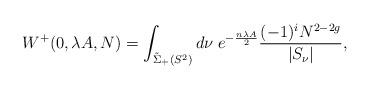
LaTeX: \begin{align*}W^+ (0,\lambda A, N) = \int_{ \tilde{\Sigma}_+ (S^2)} d \nu\; e^{- \frac{n \lambda A}{2} }\frac{(-1)^{i} N^{2 -2 g}}{ |S_\nu |} ,\end{align*}